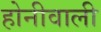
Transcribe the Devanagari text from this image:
होनीवाली